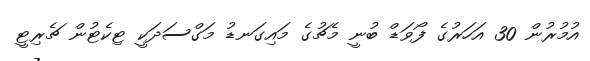
އުމުރުން 30 އަހަރުގެ ފޯވަޑް ބުނީ މެޗުގެ މައިގަނޑު މަގްސަދަކީ ޓިކެޓުން ޗެރިޓީ